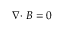
\nabla \! \cdot \boldsymbol { B } = 0